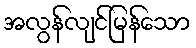
အလွန်လျင်မြန်သော